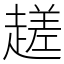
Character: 䟀